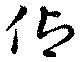
仰